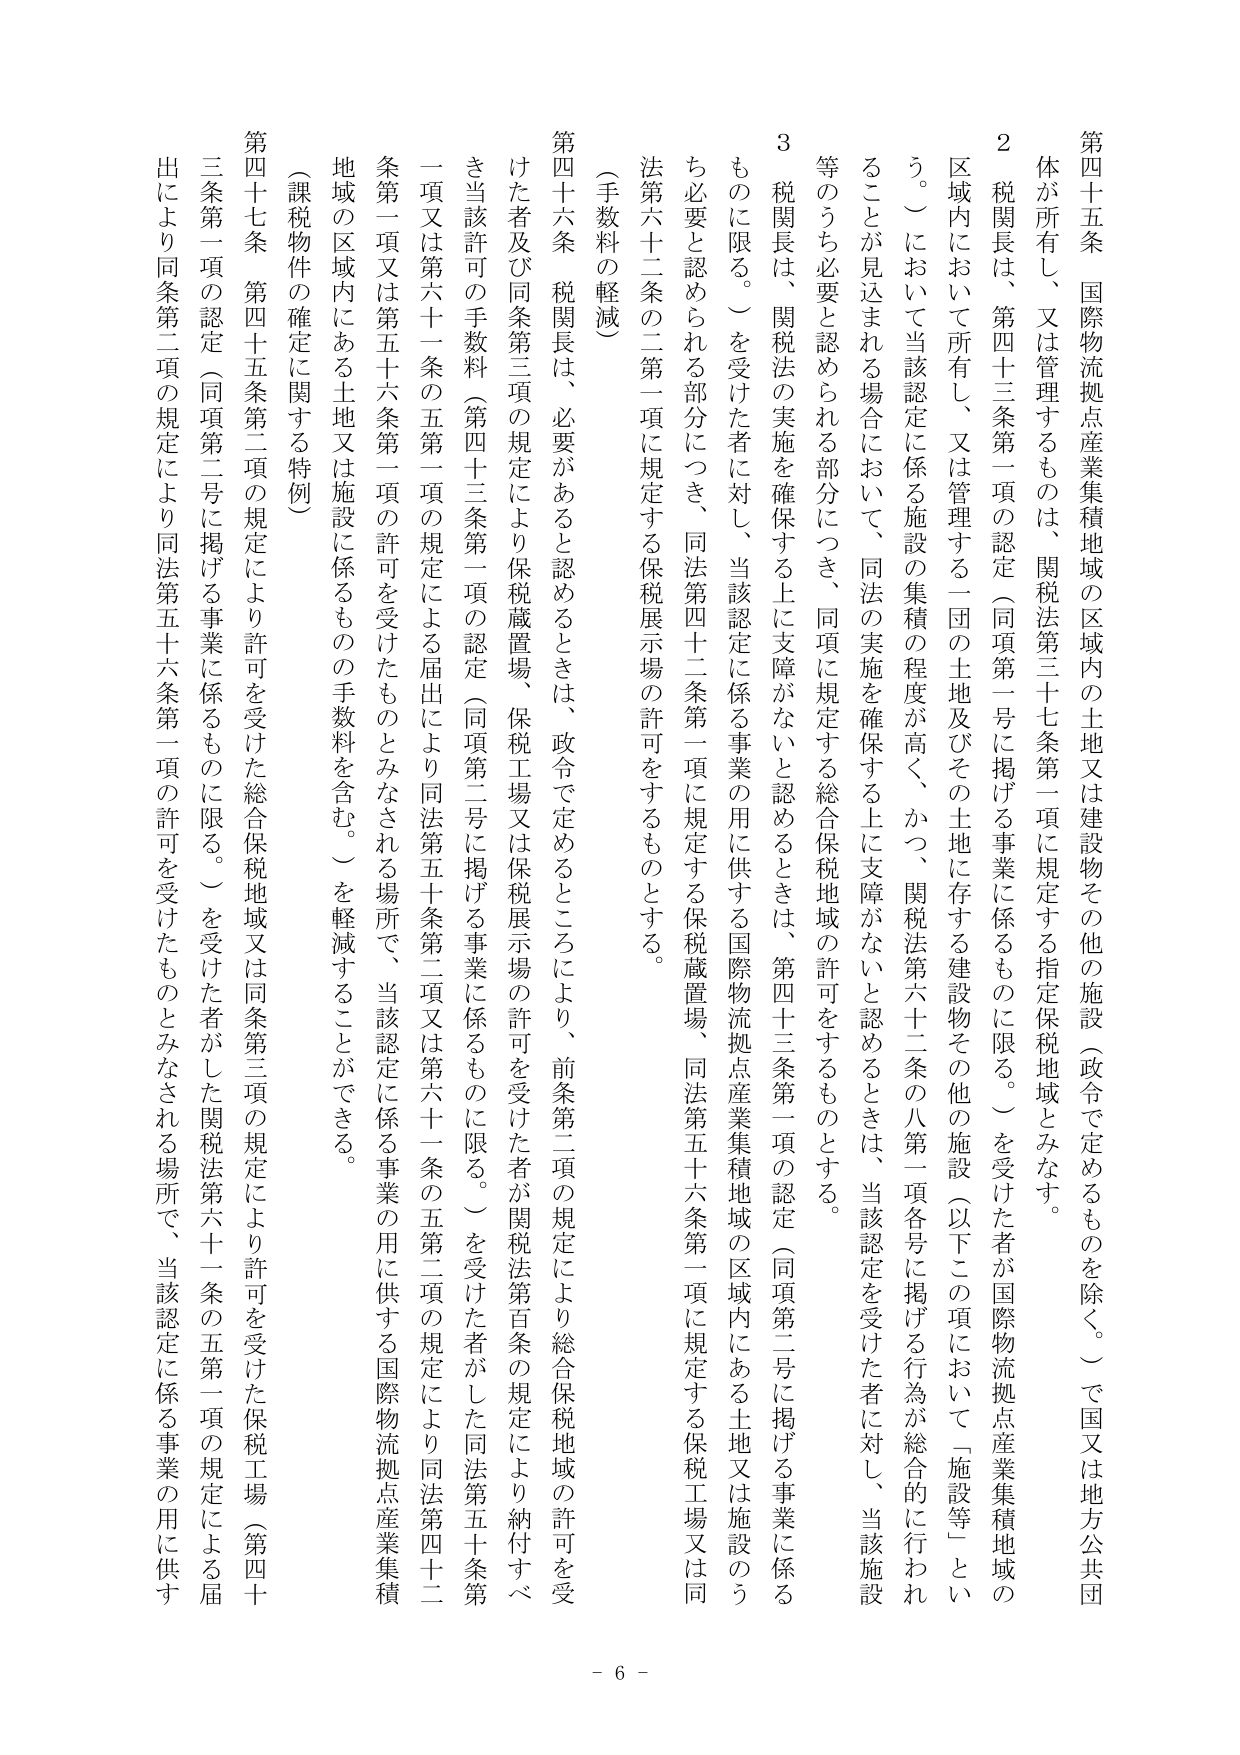
第四十五条　国際物流拠点産業集積地域の区域内の土地又は建設物その他の施設（政令で定めるものを除く。）で国又は地方公共団体が所有し、又は管理するものは、関税法第三十七条第一項に規定する指定保税地域とみなす。

２　税関長は、第四十三条第一項の認定（同項第一号に掲げる事業に係るものに限る。）を受けた者が国際物流拠点産業集積地域の区域内において所有し、又は管理する一団の土地及びその土地に存する建設物その他の施設（以下この項において「施設等」という。）において当該認定に係る施設の集積の程度が高く、かつ、関税法第六十二条の八第一項各号に掲げる行為が総合的に行われることが見込まれる場合において、同法の実施を確保する上に支障がないと認めるときは、当該認定を受けた者に対し、当該施設等のうち必要と認められる部分につき、同項に規定する総合保税地域の許可をするものとする。

３　税関長は、関税法の実施を確保する上に支障がないと認めるときは、第四十三条第一項の認定（同項第二号に掲げる事業に係るものに限る。）を受けた者に対し、当該認定に係る事業の用に供する国際物流拠点産業集積地域の区域内にある土地又は施設のうち必要と認められる部分につき、同法第四十二条第一項に規定する保税蔵置場、同法第五十六条第一項に規定する保税工場又は同法第六十二条の二第一項に規定する保税展示場の許可をするものとする。

（手数料の軽減）

第四十六条　税関長は、必要があると認めるときは、政令で定めるところにより、前条第二項の規定により総合保税地域の許可を受けた者及び同条第三項の規定により保税蔵置場、保税工場又は保税展示場の許可を受けた者が関税法第百条の規定により納付すべき当該許可の手数料（第四十三条第一項の認定（同項第二号に掲げる事業に係るものに限る。）を受けた者がした同法第五十条第一条第一項又は第六十一条の五第一項の規定による届出により同法第五十条第二項又は第六十一条の五第二項の規定により同法第四十二条第一項又は第五十六条第一項の許可を受けたものとみなされる場所で、当該認定に係る事業の用に供する国際物流拠点産業集積地域の区域内にある土地又は施設に係るもの の手数料を含む。）を軽減することができる。

（課税物件の確定に関する特例）

第四十七条　第四十五条第二項の規定により許可を受けた総合保税地域又は同条第三項の規定により許可を受けた保税工場（第四十三条第一項の認定（同項第二号に掲げる事業に係るものに限る。）を受けた者がした関税法第六十一条の五第一項の規定による届出により同条第二項の規定により同法第五十六条第一項の許可を受けたものとみなされる場所で、当該認定に係る事業の用に供す

- 6 -